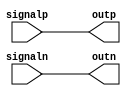
module io_block_differential_buffer (
    input signalp,
    input signaln,
    output reg outp,
    output reg outn
    // add additional control signals for configuration
);

assign outp = signalp;
assign outn = signaln;

endmodule